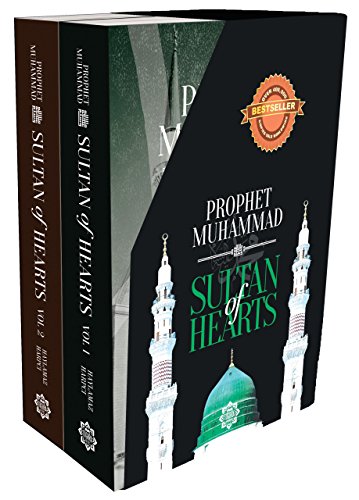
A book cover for Sultan of Hearts: Prophet Muhammad (Volume 1 and 2); Resit Haylamaz; Religion & Spirituality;